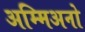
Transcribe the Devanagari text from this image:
अम्मिअनो